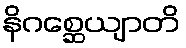
နိဂစ္ဆေယျာတိ